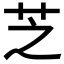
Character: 芝